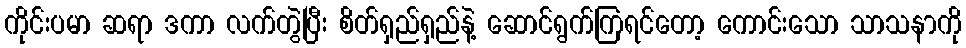
ကိုင်းပမာ ဆရာ ဒကာ လက်တွဲပြီး စိတ်ရှည်ရှည်နဲ့ ဆောင်ရွက်ကြရင်တော့ ကောင်းသော သာသနာကို